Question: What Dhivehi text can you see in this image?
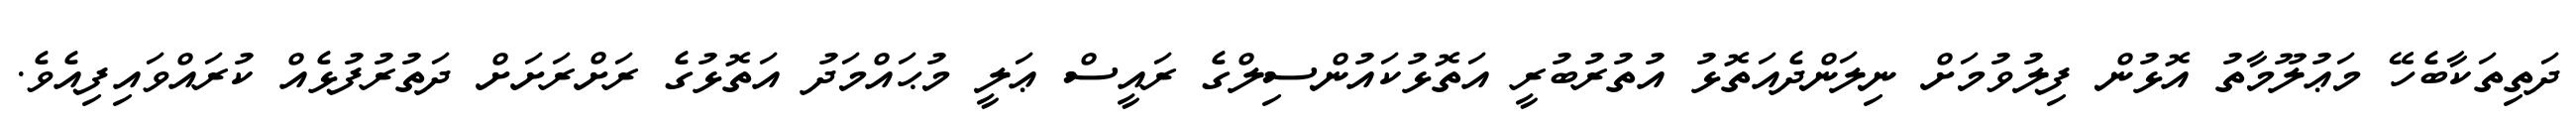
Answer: ދަތިތަކާބެހޭ މަޢުލޫމާތު އޮޅުން ފިލުވުމަށް ނިލަންދެއަތޮޅު އުތުރުބުރީ އަތޮޅުކައުންސިލްގެ ރައީސް ޢަލީ މުޙައްމަދު އަތޮޅުގެ ރަށްރަށަށް ދަތުރުފުޅެއް ކުރައްވައިފިއެވެ.